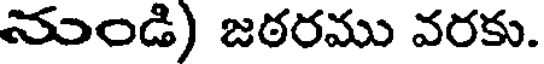
నుండి) జఠరము వరకు.